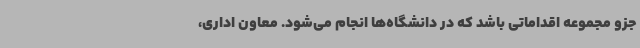
جزو مجموعه اقداماتی باشد که در دانشگاه‌ها انجام می‌شود. معاون اداری،